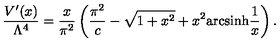
\frac { V ^ { \prime } ( x ) } { \Lambda ^ { 4 } } = \frac { x } { \pi ^ { 2 } } \left( \frac { \pi ^ { 2 } } { c } - \sqrt { 1 + x ^ { 2 } } + x ^ { 2 } \mathrm { a r c s i n h } \frac { 1 } { x } \right) .